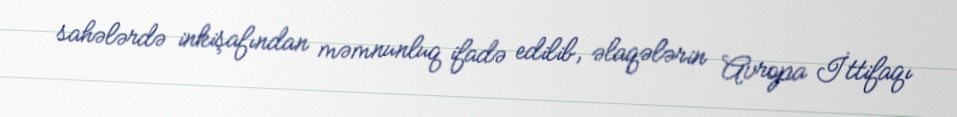
sahələrdə inkişafından məmnunluq ifadə edilib, əlaqələrin Avropa İttifaqı